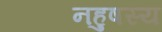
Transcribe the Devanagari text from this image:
नहुषस्य